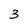
Character: 3